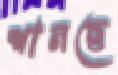
শানছে